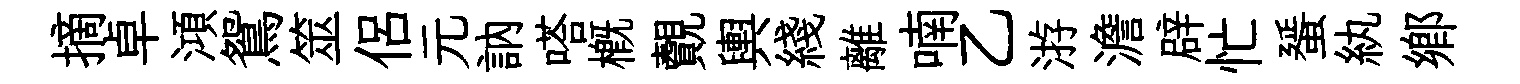
摘卓澒鴛筮侶元訥嗒概覿輿綫離喃乙㳺澹辟忙蜑紈郷